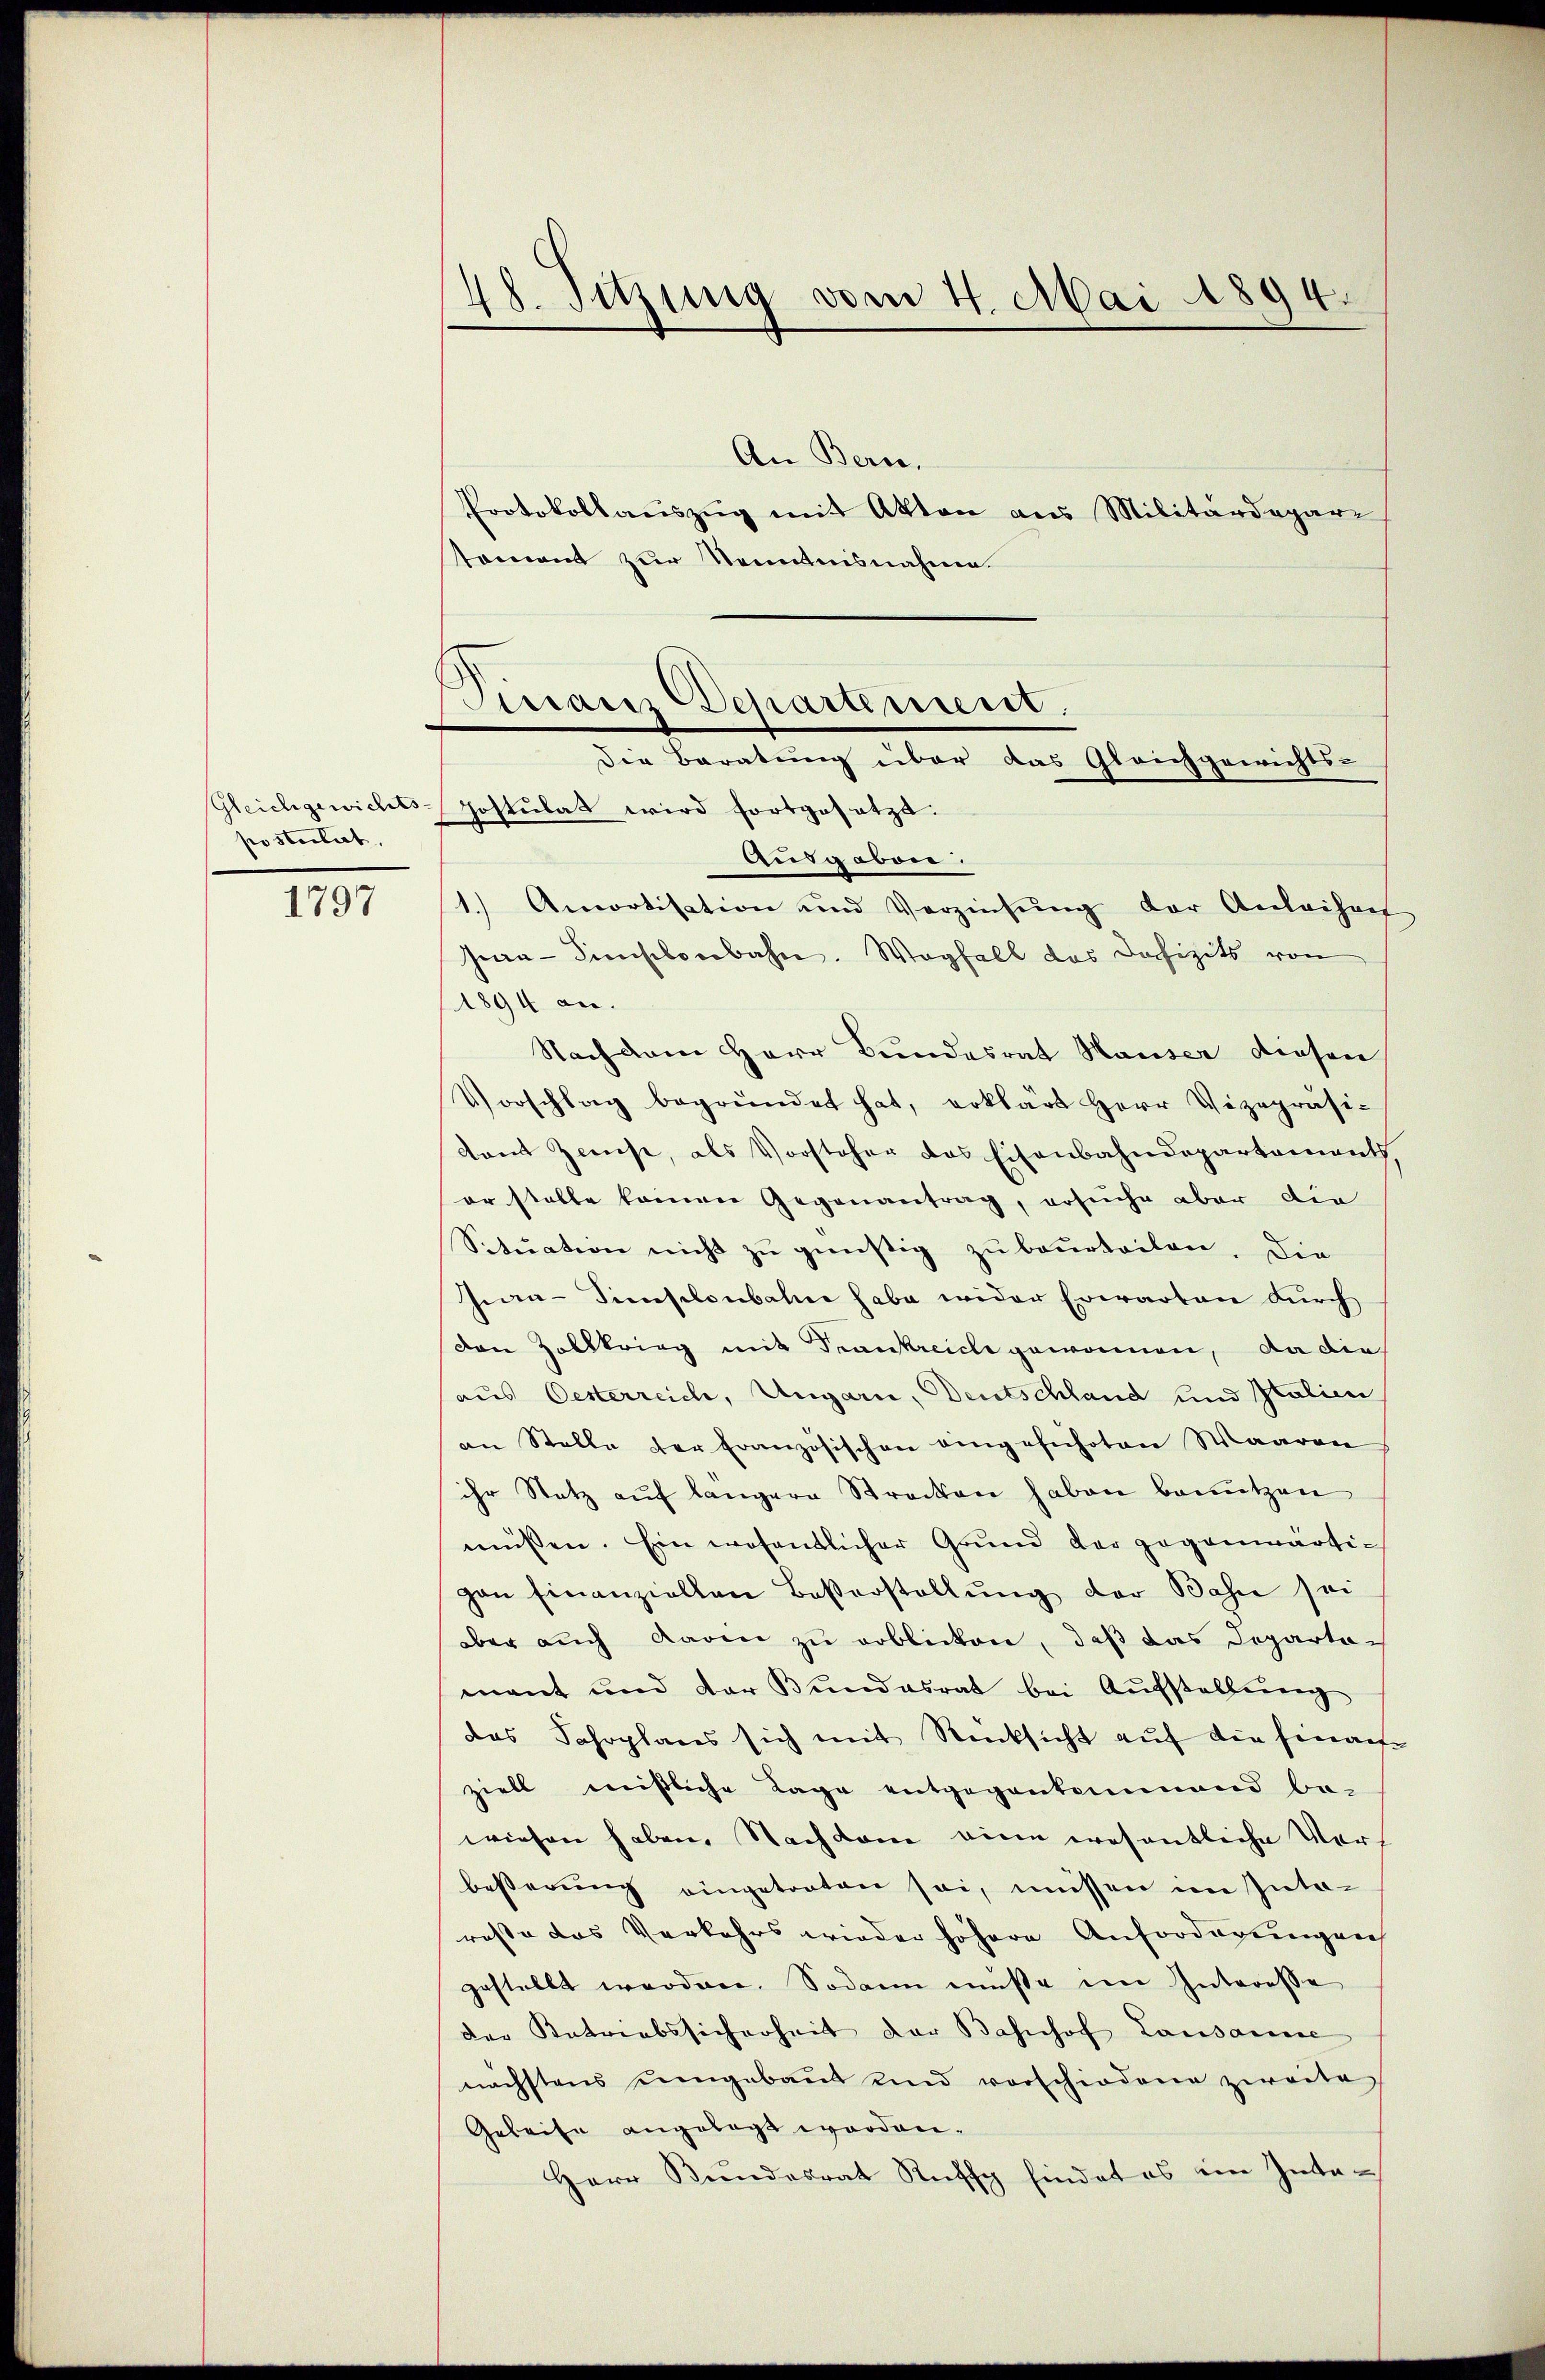
postulirt.

1797

28. Sitzung vom 4. Mai 1894.

Protokollauszug mit Akten aus Militärdegare
toment zur Kenntnisnahme

An Berne,

Sinair Departement.
Die Beratung über das Gleichgewichts-
Gleichgewichts-Postulat wird fortgesetzt.

Ausgaben.
1.) Amortisation und Verzinsŭng der Anleihaf
hia-Simischenbahn. Wegfall das Defizits von
1894 an.
Nach dem Herr Bundesrat Hauser diesen
Vorschlag begründet hat, erklärt Herr Vizepräsi-
Tont Zinse, als Vorsteher das Eisenbahndepartement
er stelle keinen Gegenantrag, ersuche aber die
Sitŭation nicht zŭ günstig zŭ beŭrteilen. Die
Ina-Simplonbahn habe wider Erwarten durch
den Zollkrieg mit Frankreiche gewonnen, da die
aus Oesterreich, Ungarn, Deutschland und Italien
an Stelle der Französischen eingeführten Waaren
ihr Satz auf längere Strecken haben benutzen
müssen. Ein wesentlicher Grund der gegenwärtigan finanziellen Baßerstellŭng der Basie sei
aber auch daren zu arblicken, daß das Departomant und der Bundesrat bei Aufstellung
das Jahrplans sich mit Rücksicht auf die hinausziell mißliche Lage entgegenkommend be-
wiesen haben. Nachdem eine wesentliche Vers
beßerung eingetreten sei, müssen im Interaste das Verkehrs wieder höhere Anforderungen
gestellt worden. Sodann müße im Interesse
der Katriabssicherheit der Bahnhof Lausanne
nächstens umgebaut und vorschiedene zweite
Geleise angelegt worden.
Herr Bundesrat Rufs findet es ein Inte¬